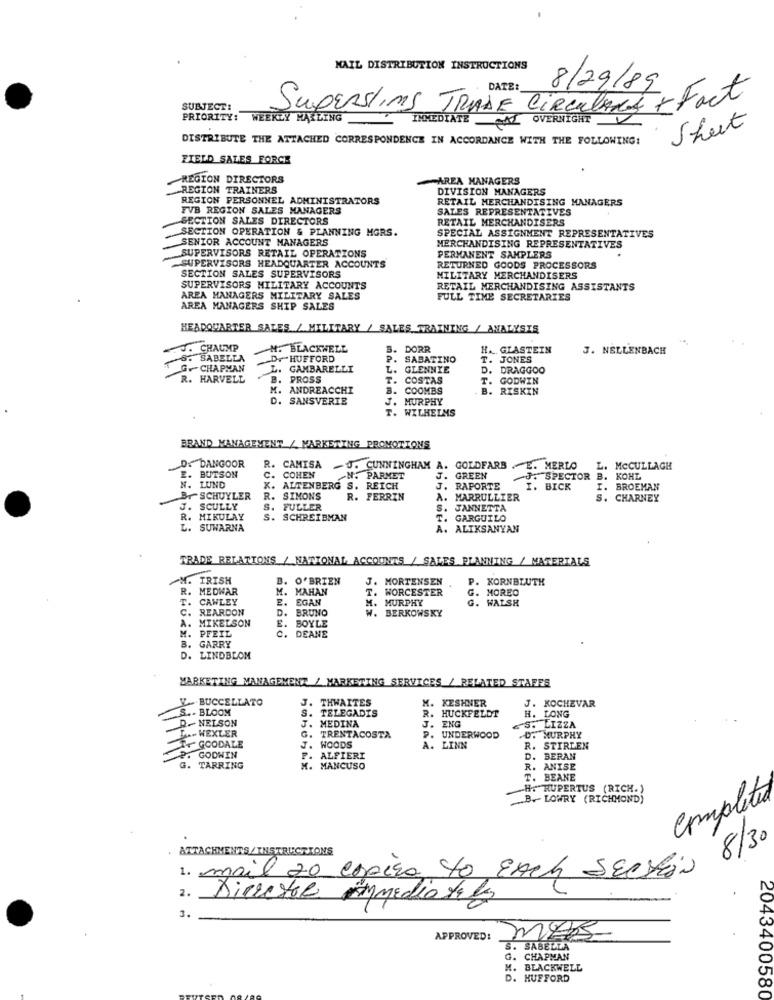
MAIL DISTRIBUTION INSTRUCTIONS
DATE:
8/29/89
SUBJECT:
Supersling TRADE CirculARS + Fact
PRIORITY:
WEEKLY MAILING
IMMEDIATE A OVERNIGHT
Sheet
DISTRIBUTE THE ATTACHED CORRESPONDENCE IN ACCORDANCE WITH THE FOLLOWING:
FIELD SALES FORCE
REGION DIRECTORS
AREA MANAGERS
REGION TRAINERS
DIVISION MANAGERS
REGION PERSONNEL ADMINISTRATORS
RETAIL MERCHANDISING MANAGERS
FVB REGION SALES MANAGERS
SALES REPRESENTATIVES
SECTION SALES DIRECTORS
RETAIL MERCHANDISERS
SECTION OPERATION & PLANNING MGRS.
SENIOR ACCOUNT MANAGERS
SPECIAL ASSIGNMENT REPRESENTATIVES
MERCHANDISING REPRESENTATIVES
SUPERVISORS RETAIL OPERATIONS
PERMANENT SAMPLERS
SUPERVISORS HEADQUARTER ACCOUNTS
SECTION SALES SUPERVISORS
RETURNED GOODS PROCESSORS
MILITARY MERCHANDISERS
SUPERVISORS MILITARY ACCOUNTS
RETAIL MERCHANDISING ASSISTANTS
AREA MANAGERS MILITARY SALES
FULL TIME SECRETARIES
AREA MANAGERS SHIP SALES
HEADQUARTER SALES / MILITARY / SALES TRAINING / ANALYSIS
CHAUMP
M. BLACKWELL
B. DORR
H. GIASTEIN
J. NELLENBACH
S. SABELLA
D. HUFFORD
P. SABATINO
T. JONES
G.CHAPMAN
L. GAMBARELLI
L. GLENNIE
D. DRAGGOO
R. HARVELL
B. PROSS
COSTAS
T. GODWIN
M. ANDREACCHI
B. COOMBS
B. RISKIN
D. SANSVERTE
J. MURPHY
T.
J.
T. WILHELMS
BRAND MANAGEMENT / MARKETING PROMOTIONS
D. DANGOOR
2.
E. BUTSON
R. CAMISA
-J. CUNNINGHAM A.
GOLDFARB .E. MERLO
L. MCCULLAGH
C. COHEN
N. PARMET
J. GREEN
J. SPECTOR B. KOHL
N. LUND
X. ALTENBERG S. REICH
J. RAPORTE
I. BICK
I. BROEMAN
B .- SCHUYLER
R. SIMONS
R. FERRIN
A. MARRULLIER
S. CHARNEY
J. SCULLY
S. FULLER
S. JANNETTA
R. MIKULAY
S. SCHREIBMAN
T.
GARGUILO
L. SUWARNA
. ALTKSANYAN
TRADE RELATIONS / NATIONAL ACCOUNTS / SALES PLANNING / MATERIALS
M. IRISH
O'BRIEN
J. MORTENSEN
P. KORNBLUTH
R. MEDWAR
M.
MAHAN
T. WORCESTER
G.
MOREC
T.
CAWLEY
E. EGAN
M.
M. MURPHY
G. WALSH
C. REARDON
D. BRUNO
W. BERKOWSKY
A. MIKELSON
E. BOYLE
M. PFEIL
3.
GARRY
C. DEANE
D. LINDBLOM
MARKETING MANAGEMENT / MARKETING SERVICES / RELATED STAFFS
Y .. BUCCELLATO
J. THWAITES
K. KESHNER
J. KOCHEVAR
S .- BLOOM
S. TELEGADIS
R. HUCKFELDT
H. LONG
D- NELSON
J. ENG
MEDINA
P.
&'S. LIZZA
LA. WEXLER
G. TRENTACOSTA
UNDERWOOD
.D. MURPHY
GOODALE
J. WOODS
A. LINN
R. STIRLEN
2. GODWIN
F. ALFIERI
D. BERAN
G. TARRING
M. MANCUSO
R. ANISE
T. BEANE
H. RUPERTUS (RICH.)
Completed
B .- LOWRY (RICHMOND)
8/30
. ATTACHMENTS/INSTRUCTIONS
mail 20 espero to EACH SECTION
2.
Diretor
immediately
3.
APPROVED:
S. SABELLA
G. CHAPMAN
H. BLACKWELL
D. HUFFORD
2043400580